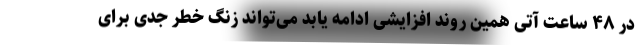
در ۴۸ ساعت آتی همین روند افزایشی ادامه یابد می‌تواند زنگ خطر جدی برای